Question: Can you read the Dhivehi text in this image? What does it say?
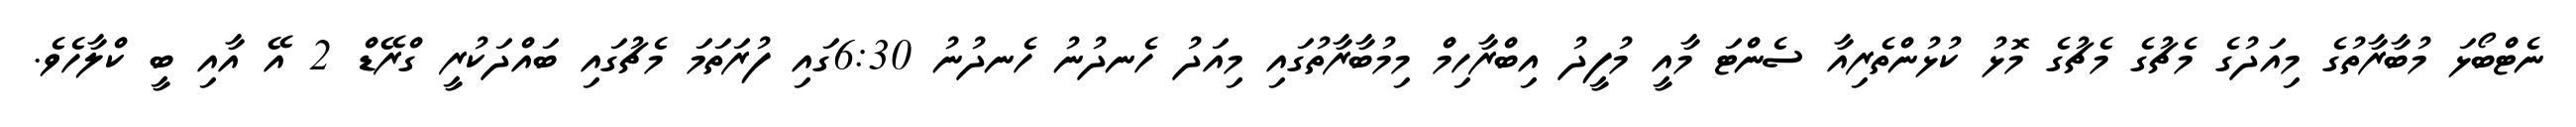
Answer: ނެޓްބޯޅަ މުބާރާތުގެ މިއަދުގެ މެޗުގެ މެޗުގެ މޮޅު ކުޅުންތެރިއާ ސެންޓަ މާއީ މުފީދު އިބްރާހިމް މިމުބާރާތުގައި މިއަދު ހެނދުނު ހެނދުނު 6:30ގައި ފުރަތަމަ މެޗުގައި ބައްދަކުރީ ގްރޭޑް 2 އޭ އާއި ބީ ކްލާހެވެ.